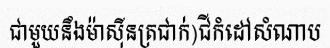
ជាមួយនឹងម៉ាស៊ីនត្រជាក់)ជីកំដៅសំណាប